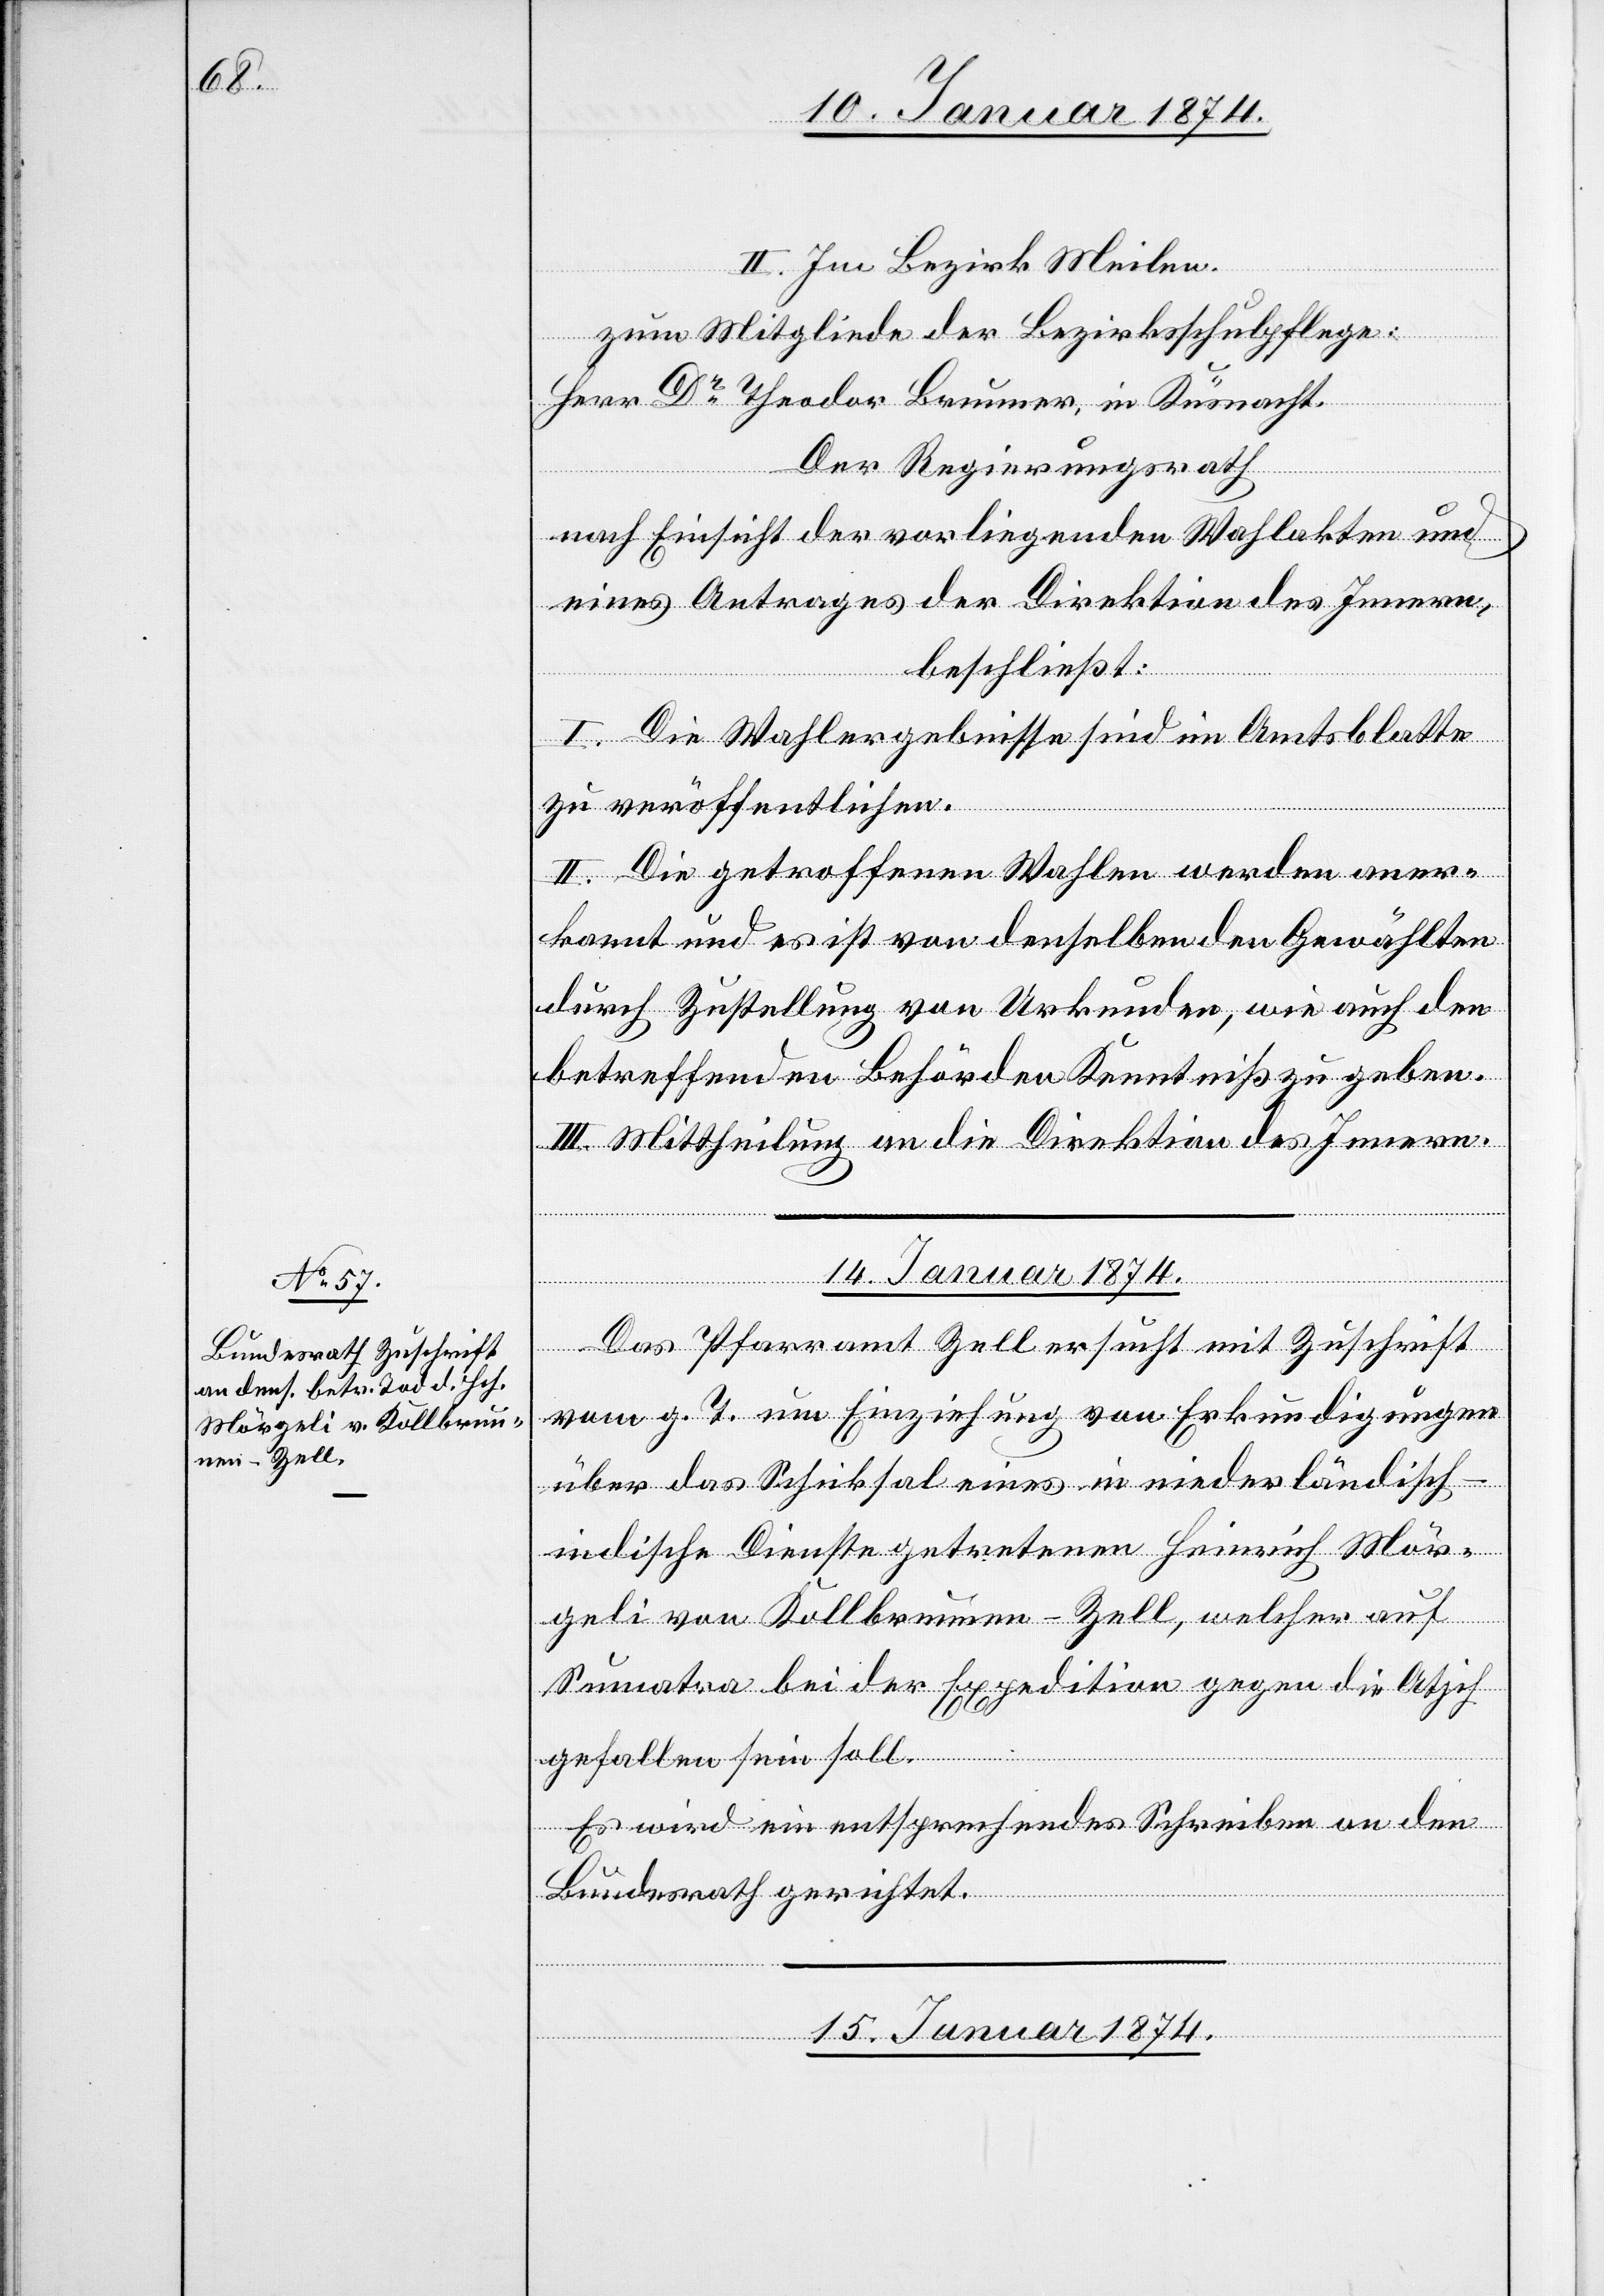
II. Im Bezirk Meilen.
zum Mitgliede der Bezirksschulpflege:
Herr Dr Theodor Brunner, in Küsnacht.
Der Regierungsrath
nach Einsicht der vorliegenden Wahlakten und
eines Antrages der Direktion des Innern,
beschließt:
I. Die Wahlergebnisse sind im Amtsblatte
zu veröffentlichen.
II. Die getroffenen Wahlen werden aner¬
kannt und es ist von denselben den Gewählten
durch Zustellung von Urkunden, wie auch den
betreffenden Behörden Kenntniß zu geben.
III. Mittheilung an die Direktion des Innern.
14. Januar 1874.
Das Pfarramt Zell ersucht mit Zuschrift
vom g. T. um Einziehung von Erkundigungen
über das Schicksal eines in niederländisch-i¬
ndischen Dienste getretenen Heinrich Mör¬
geli von Kollbrunnen - Zell, welcher auf
Sumatra bei der Expedition gegen die Atjch
gefallen sein soll.
Es wird ein entsprechendes Schreiben an den
Bundesrath gerichtet.